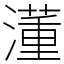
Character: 𣿅